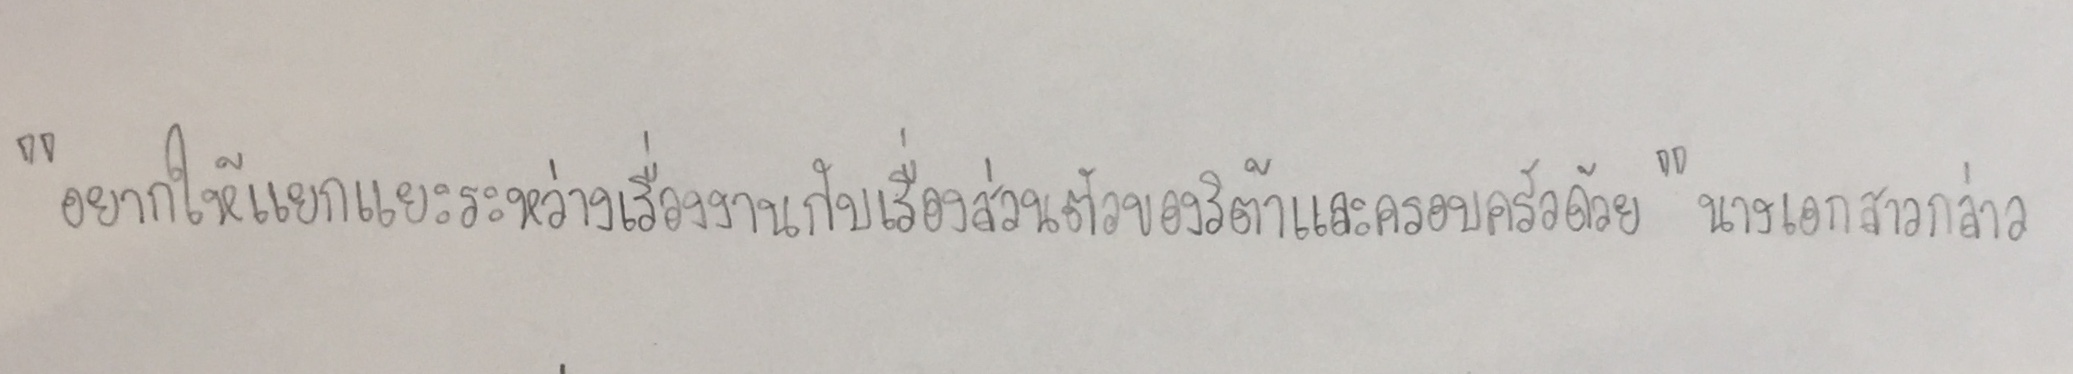
"อยากให้แยกแยะระหว่างเรื่องงานกับเรื่องส่วนตัวของริต้าและครอบครัวด้วย"นางเอกสาวกล่าว